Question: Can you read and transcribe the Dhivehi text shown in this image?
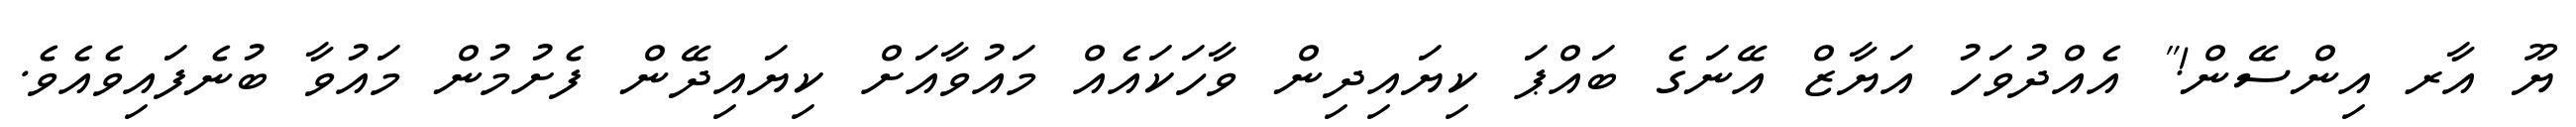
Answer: ޔޫ އާރ އިންސޭން!" އެއްދުވަހު އަޔާޒް އޭނަގެ ބައްޕަ ކިޔައިދިން ވާހަކައެއް މައުވާއަށް ކިޔައިދޭން ފެށުމުން މައުވާ ބުނެފައިވެއެވެ.